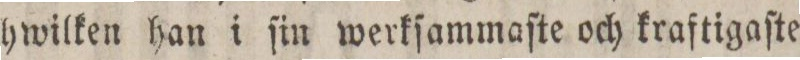
hwilken han i ſin werkſammaſte och kraftigaſte